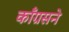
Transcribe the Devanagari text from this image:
काँग्रसने